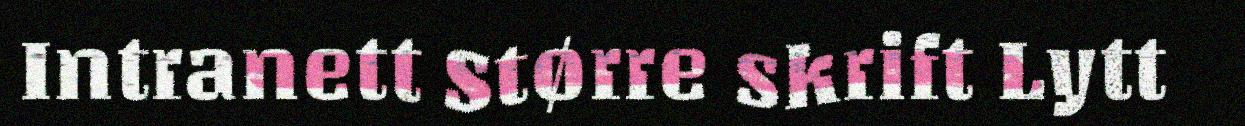
Intranett Større skrift Lytt